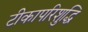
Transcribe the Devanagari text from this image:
टीकापरिशुद्धि